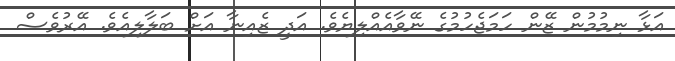
އަޅާ ނިމުމުން ޒޭން ހަމަޖެހުމުގެ ނޭވާއެއްލިޔެވެ. އަދީ ޒެއިނާ އަށް ބަލާލިއެވެ. އޭރުވެސް